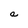
Character: a